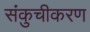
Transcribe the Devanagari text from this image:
संकुचीकरण